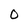
Character: 0